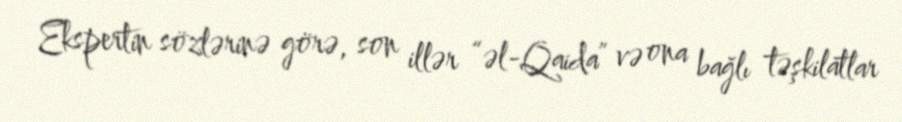
Ekspertin sözlərinə görə, son illər “əl-Qaida” və ona bağlı təşkilatlar